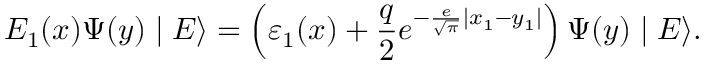
E _ { 1 } ( x ) \Psi ( y ) \mid E \rangle = \left( { \varepsilon _ { 1 } ( x ) + \frac { q } { 2 } e ^ { - \frac { e } { { \sqrt \pi } } | x _ { 1 } - y _ { 1 } | } } \right) \Psi ( y ) \mid E \rangle .